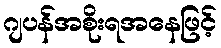
ဂျပန်အစိုးရအနေဖြင့်